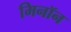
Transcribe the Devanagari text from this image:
मिनॉन